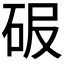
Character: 𥑊